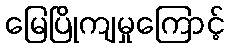
မြေပြိုကျမှုကြောင့်